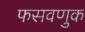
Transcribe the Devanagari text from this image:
फसवणुक